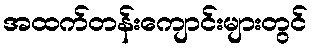
အထက်တန်းကျောင်းများတွင်